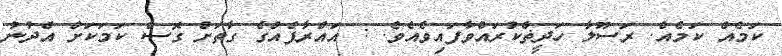
ކަމެއް ކަމެއް. ރަސޫލާ ހަދީޡްކުރައްވާފައިވެއެވެ. : އައްރާފެއްގެ ގާތަށް ގޮސް ކަމަކަށް އެދުނު